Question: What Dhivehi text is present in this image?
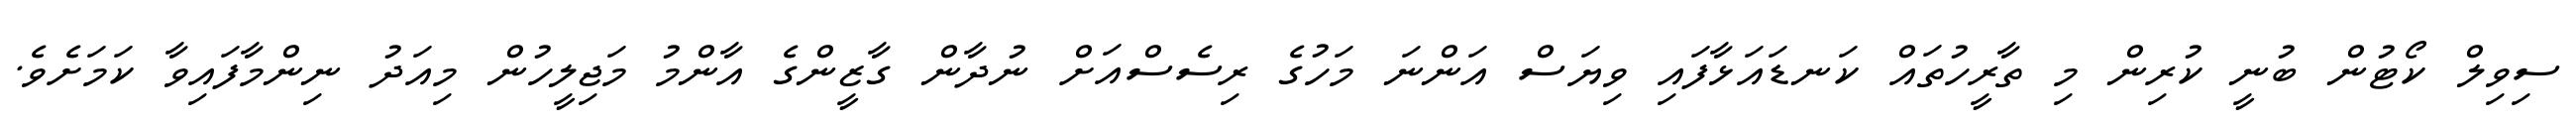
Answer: ސިވިލް ކޯޓުން ބުނީ ކުރިން މި ތާރީހުތައް ކަނޑައަޅާފައި ވިޔަސް އަންނަ މަހުގެ ރިސެސްއަށް ނުދާން ގާޒީންގެ އާންމު މަޖިލީހުން މިއަދު ނިންމާފައިވާ ކަމަށެވެ.